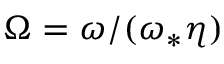
\Omega = \omega / ( \omega _ { * } \eta )